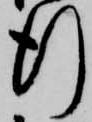
行